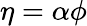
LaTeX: \eta=\alpha\phi